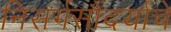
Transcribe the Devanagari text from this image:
निसर्गसौंदर्याचे